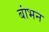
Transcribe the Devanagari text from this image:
बांभन